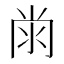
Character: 𭁭